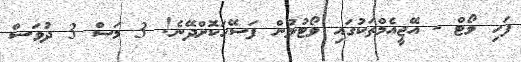
ފަހި ވޯޓް - އޭޖީއެމްތަކުގައި ވޯޓުލުން ފަސޭހަކޮށްދޭނެ! 3 މަސް 3 ދުވަސް